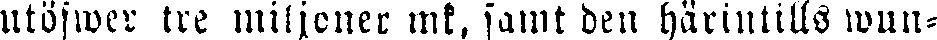
utöfwer tre miljoner mk, samt den härintills wun-